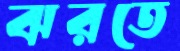
ঝরতে